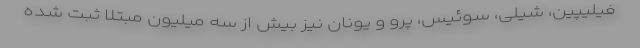
فیلیپین، شیلی، سوئیس، پرو و یونان نیز بیش از سه میلیون مبتلا ثبت شده‌